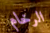
الرخام